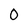
Character: 0